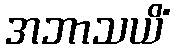
အဘာသယိံ